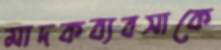
মাদকব্যবসাকে